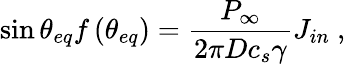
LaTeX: \sin\theta_{eq}f\left(\theta_{eq}\right)=\frac{{{P}_{\infty}}}{2\pi D{{c}_{s}}\gamma}{{J}_{in}}~,